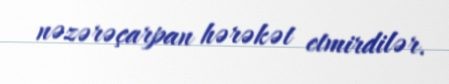
nəzərəçarpan hərəkət etmirdilər.